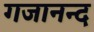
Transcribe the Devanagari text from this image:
गजानन्द